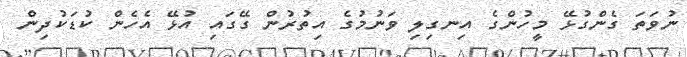
ނުވަތަ ގެންގުޅޭ މީހުންގެ އިނގިލި ވަނުމުގެ އިތުރުން ގޭގައި އުޅޭ އެހެން ކުޑަކުދިން